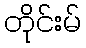
တိုင်းမ်